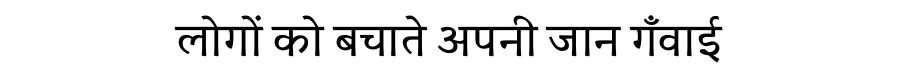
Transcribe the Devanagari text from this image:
लोगों को बचाते अपनी जान गँवाई